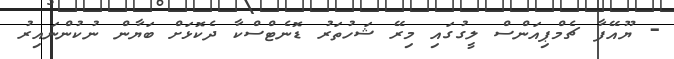
- ޔޫއޭފާ ޗެމްޕިއަންސް ލީގުގައި މިރޭ ޝަހުތަރު ޑޮނެޓްސްކާ ދެކޮޅަށް ބަޔާން ނުކުންނައިރު